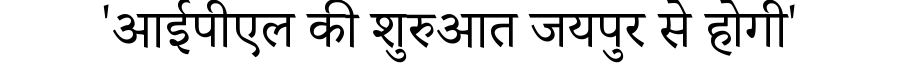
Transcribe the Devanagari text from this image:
'आईपीएल की शुरुआत जयपुर से होगी'